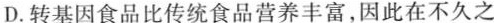
D.转基因食品比传统食品营养丰富，因此在不久之